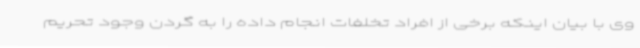
وی با بیان اینکه برخی از افراد تخلفات انجام داده را به گردن وجود تحریم